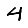
Digit: 4